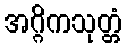
အဂ္ဂိကသုတ္တံ